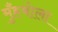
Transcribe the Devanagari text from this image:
मुँहबोला